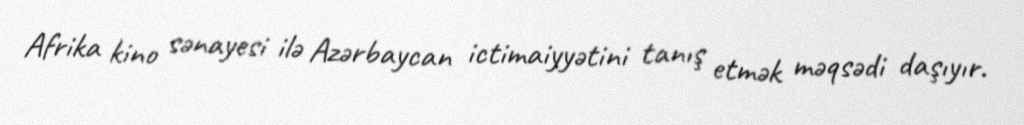
Afrika kino sənayesi ilə Azərbaycan ictimaiyyətini tanış etmək məqsədi daşıyır.